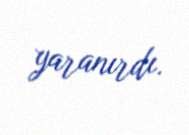
yaranırdı.